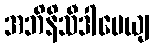
အဘိနိသီဒါပေယျ